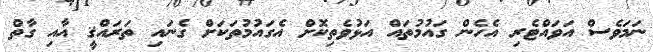
ނަމަވެސް އަވައްޓެރި އެހެން ގައުމުތައް އަޅުވެތިކޮށް އެގައުމުތަކަށް ގެނައި ތަރައްޤީ އާއި ގާތް